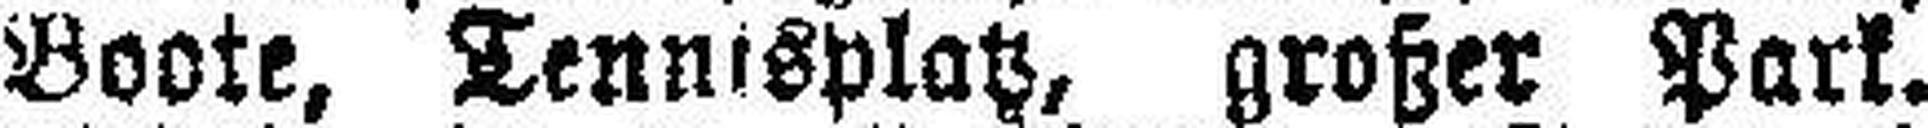
Boote, Tennisplatz, großer Park.